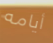
أيامه